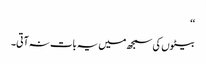
‘‘
بیٹوں کی سمجھ میں یہ بات نہ آتی۔